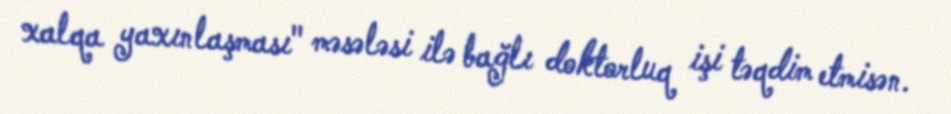
xalqa yaxınlaşması" məsələsi ilə bağlı doktorluq işi təqdim etmisən.